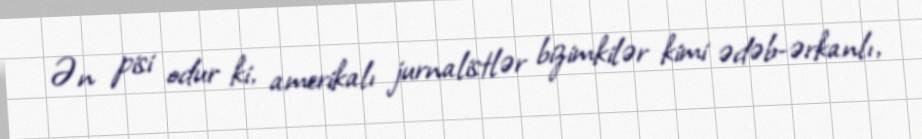
Ən pisi odur ki, amerikalı jurnalistlər bizimkilər kimi ədəb-ərkanlı,